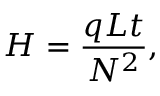
H = { \frac { q L t } { N ^ { 2 } } } ,